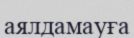
аялдамауға